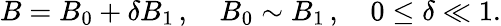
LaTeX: {B}={B_{0}}+\delta{B_{1}}\, ,\quad{B_{0}}\sim{B_{1}}\, ,\quad 0\leq\delta\ll 1.